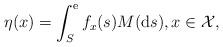
LaTeX: \begin{align*}\eta(x)=\int^{\rm{e}}_{S} f_x(s)M(\mathrm{d}s) ,x\in \mathcal{X},\end{align*}